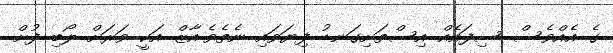
ގެ އެއްވެސް ސިފައެއް އިސްތަށިގަނޑު ފިޔަވައި ނެތެވެ.އާޒް އަކީ ވަރަށް ލޯބި ފުށް